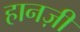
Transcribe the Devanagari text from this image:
हानज़ी